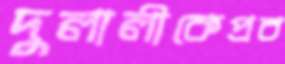
দুলালীকেপ্রব